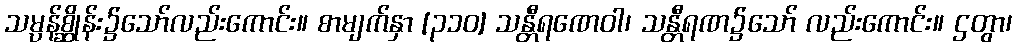
သမ္ပန်စ္ဆိုန်း၌သော်လည်းကောင်း။ စာမျက်နှာ [၃၁၀] သန္တီရဏေဝါ၊ သန္တီရဏ၌သော် လည်းကောင်း။ ဌတွာ၊